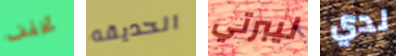
تخفف الحديقه ليبرتي لدي